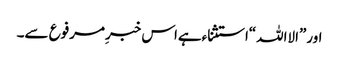
اور”الااللہ“استثناءہےاس خبرِمرفوع سے۔